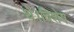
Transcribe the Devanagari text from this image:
थे।विशेष